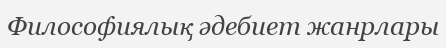
Философиялық әдебиет жанрлары